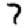
Digit: 7